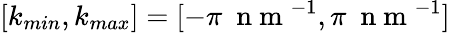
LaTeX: [k_{min},k_{max}]=[-\pi~\mathrm{~n~m~}^{-1},\pi~\mathrm{~n~m~}^{-1}]